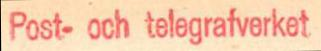
Post- och telegrafverket